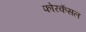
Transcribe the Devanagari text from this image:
फोरकॅसल